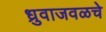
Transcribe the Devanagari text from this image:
ध्रुवाजवळचे